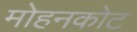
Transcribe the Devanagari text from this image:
मोहनकोट